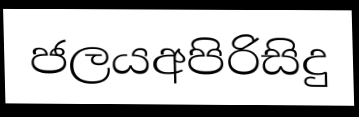
ජලයඅපිරිසිදු